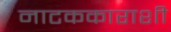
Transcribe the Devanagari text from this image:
नाटककाराशी